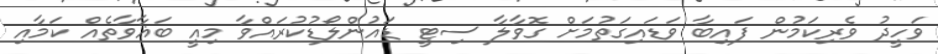
ވަހީދު ވެރިކަމުން ފައިބާ ވަޑައިގަތުމަށް ގޮވާލާ ސިޓީ ޑައުންލޯޑުކުރައްވާ މިއީ ބަޣާވާތެއް ކަމާއި